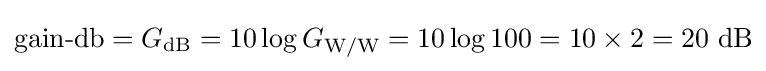
{\text{gain-db}}=G_{\text{dB}}=10\log G_{\text{W/W}}=10\log 100=10\times 2=20~{\text{dB}}